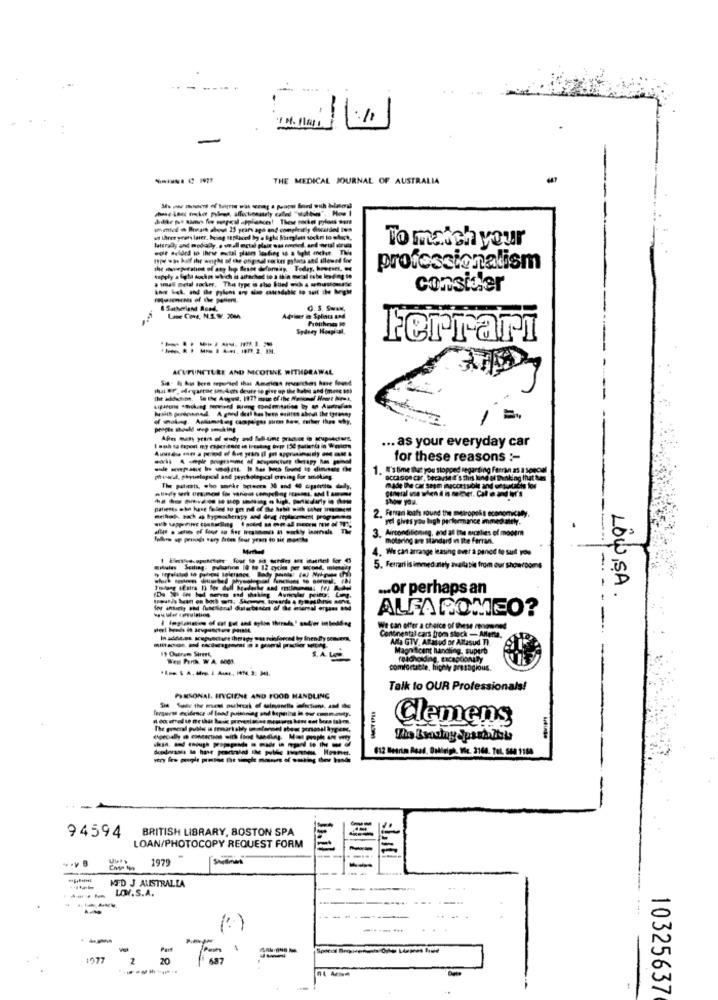
- --
THE MEDICAL JOURNAL OF AUSTRALIA
Imtal ch Brait about 15 years ago and completly Gocardel ius
laterally and modady. . wall octal plain sus sorted, and wwual sinds
To match your
was kuif the weight of the original rocker gylecs and allowed for
professionalism
a waal metal socker. This type is sho bord wuh a unus
consider
Q. S. Swan,
Loe Cone, N.S.W. 2006
Advier int Splid and
Sydney Hooplaal.
Ferrari
ACUPUNCTURE AND NICOTINE WITHDRAWAL
... as your everyday car
- -----------
for these reasons :-
1. A'stime that you stopped regarding Fem as a sopcall
pisscd, physiological and peychatogical orming for anoking.
occasion car, because it's this lund ol Din
made De car seem inaccessible and oftustache for
show you.
patients who have failed to get nd of the habit sich cater in need
2. Ferrari loats round the metropolis economicaly.
vel gives you laugh performance immediately.
Airconditioning, and all the nicelies of modem
motaring am standard in the ferran.
4. We can arrange leasing over a panot to sult you
5. Ferrari isimmed mely available from our showrooms
------
... or perhaps an
---- -
LOW ,SA
ALFA ROMEO?
We can offer a choice of these conned
In addie.os. scopuncture thrligy was telefonred by Inendly concern.
19 Outrem Street,
Magnificent handling. superb
faacholding, Exceptionally
comfortable, highly presagious.
Talk to OUR Professionals!
PERSONAL HYGIENE AND FOOD HANDLING
ferguess evidence of land poisoning and bepaling in our community.
Clemens
--------------
612 Metrim Road, Budleigh. We. 2168. Tel. 540 1150
BRITISH LIBRARY, BOSTON SPA
94594
LOAN/PHOTOCOPY REQUEST FORM
1979
Stilmes
siti
MED J ALISTRALIA
LOWV.S.A.
-----
Part
1077
20
10325637